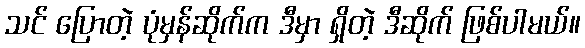
သင် ပြောတဲ့ ပုံမှန်ဆိုက်က ဒီမှာ ရှိတဲ့ ဒီဆိုက် ဖြစ်ပါမယ်။